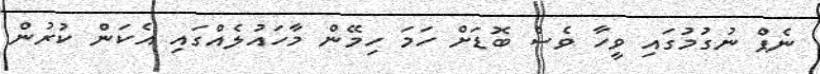
ނެޕް ނުގުމުގައި ވީހާ ވެސް ބޮޑަށް ހަމަ ހިމޭން މާހައުލެއްގައި އެކަން ކުރުން